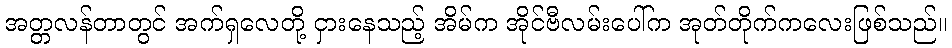
အတ္တလန်တာတွင် အက်ရှလေတို့ ငှားနေသည့် အိမ်က အိုင်ဗီလမ်းပေါ်က အုတ်တိုက်ကလေးဖြစ်သည်။